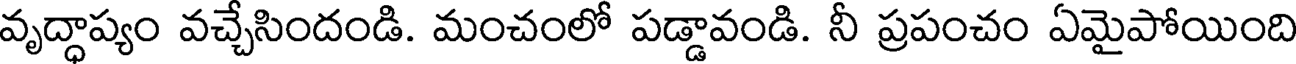
వృద్ధాప్యం వచ్చేసిందండి. మంచంలో పడ్డావండి. నీ ప్రపంచం ఏమైపోయింది